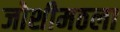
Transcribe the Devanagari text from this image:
जोशीमठला